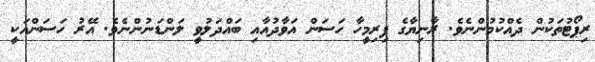
ރިޕޯޓުތަކުން ދެއްކުމުންނެވެ. ރާނިޔާގެ ފިރިމީހާ ހަސަން އަވާދުއާއި ބައްދަލުވީ ލަންޑަނުންނެވެ. އޭރު ހަސަންއަކީ